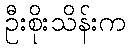
ဦးစိုးသိန်းက